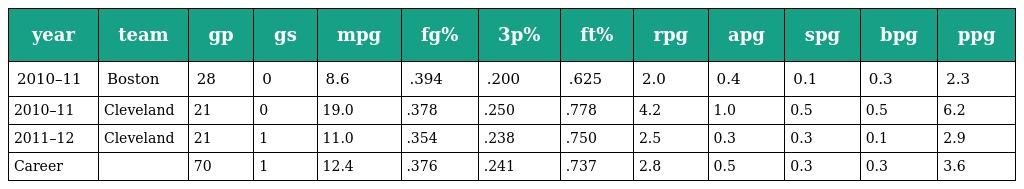
| year | team | gp | gs | mpg | fg% | 3p% | ft% | rpg | apg | spg | bpg | ppg |
 | --- | --- | --- | --- | --- | --- | --- | --- | --- | --- | --- | --- | --- |
 | 2010–11 | Boston | 28 | 0 | 8.6 | .394 | .200 | .625 | 2.0 | 0.4 | 0.1 | 0.3 | 2.3 |
 | 2010–11 | Cleveland | 21 | 0 | 19.0 | .378 | .250 | .778 | 4.2 | 1.0 | 0.5 | 0.5 | 6.2 |
 | 2011–12 | Cleveland | 21 | 1 | 11.0 | .354 | .238 | .750 | 2.5 | 0.3 | 0.3 | 0.1 | 2.9 |
 | Career |  | 70 | 1 | 12.4 | .376 | .241 | .737 | 2.8 | 0.5 | 0.3 | 0.3 | 3.6 |